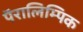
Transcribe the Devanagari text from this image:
पॅरालिम्पिक